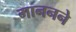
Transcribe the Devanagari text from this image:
माननने